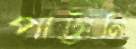
পাট্টানি